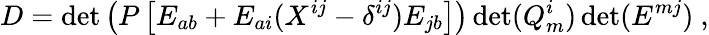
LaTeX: D=\operatorname*{det}\left(P\left[E_{ab}+E_{ai}(X^{ij}-\delta^{ij})E_{jb}\right]\right)\operatorname*{det}(Q_{m}^{i})\operatorname*{det}(E^{mj})\ ,